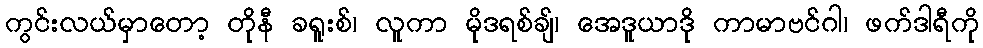
ကွင်းလယ်မှာတော့ တိုနီ ခရူးစ်၊ လူကာ မိုဒရစ်ချ်၊ အေဒူယာဒို ကာမာဗင်ဂါ၊ ဖက်ဒါရီကို